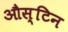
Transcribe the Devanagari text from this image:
औस्टिन